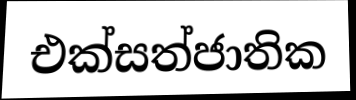
එක්සත්ජාතික